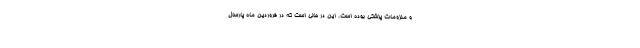
و ملزومات پزشکی بوده است. این در حالی است که در فروردین ماه پارسال